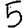
Digit: 5